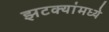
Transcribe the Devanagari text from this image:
झटक्यांमध्ये